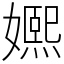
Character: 㜯